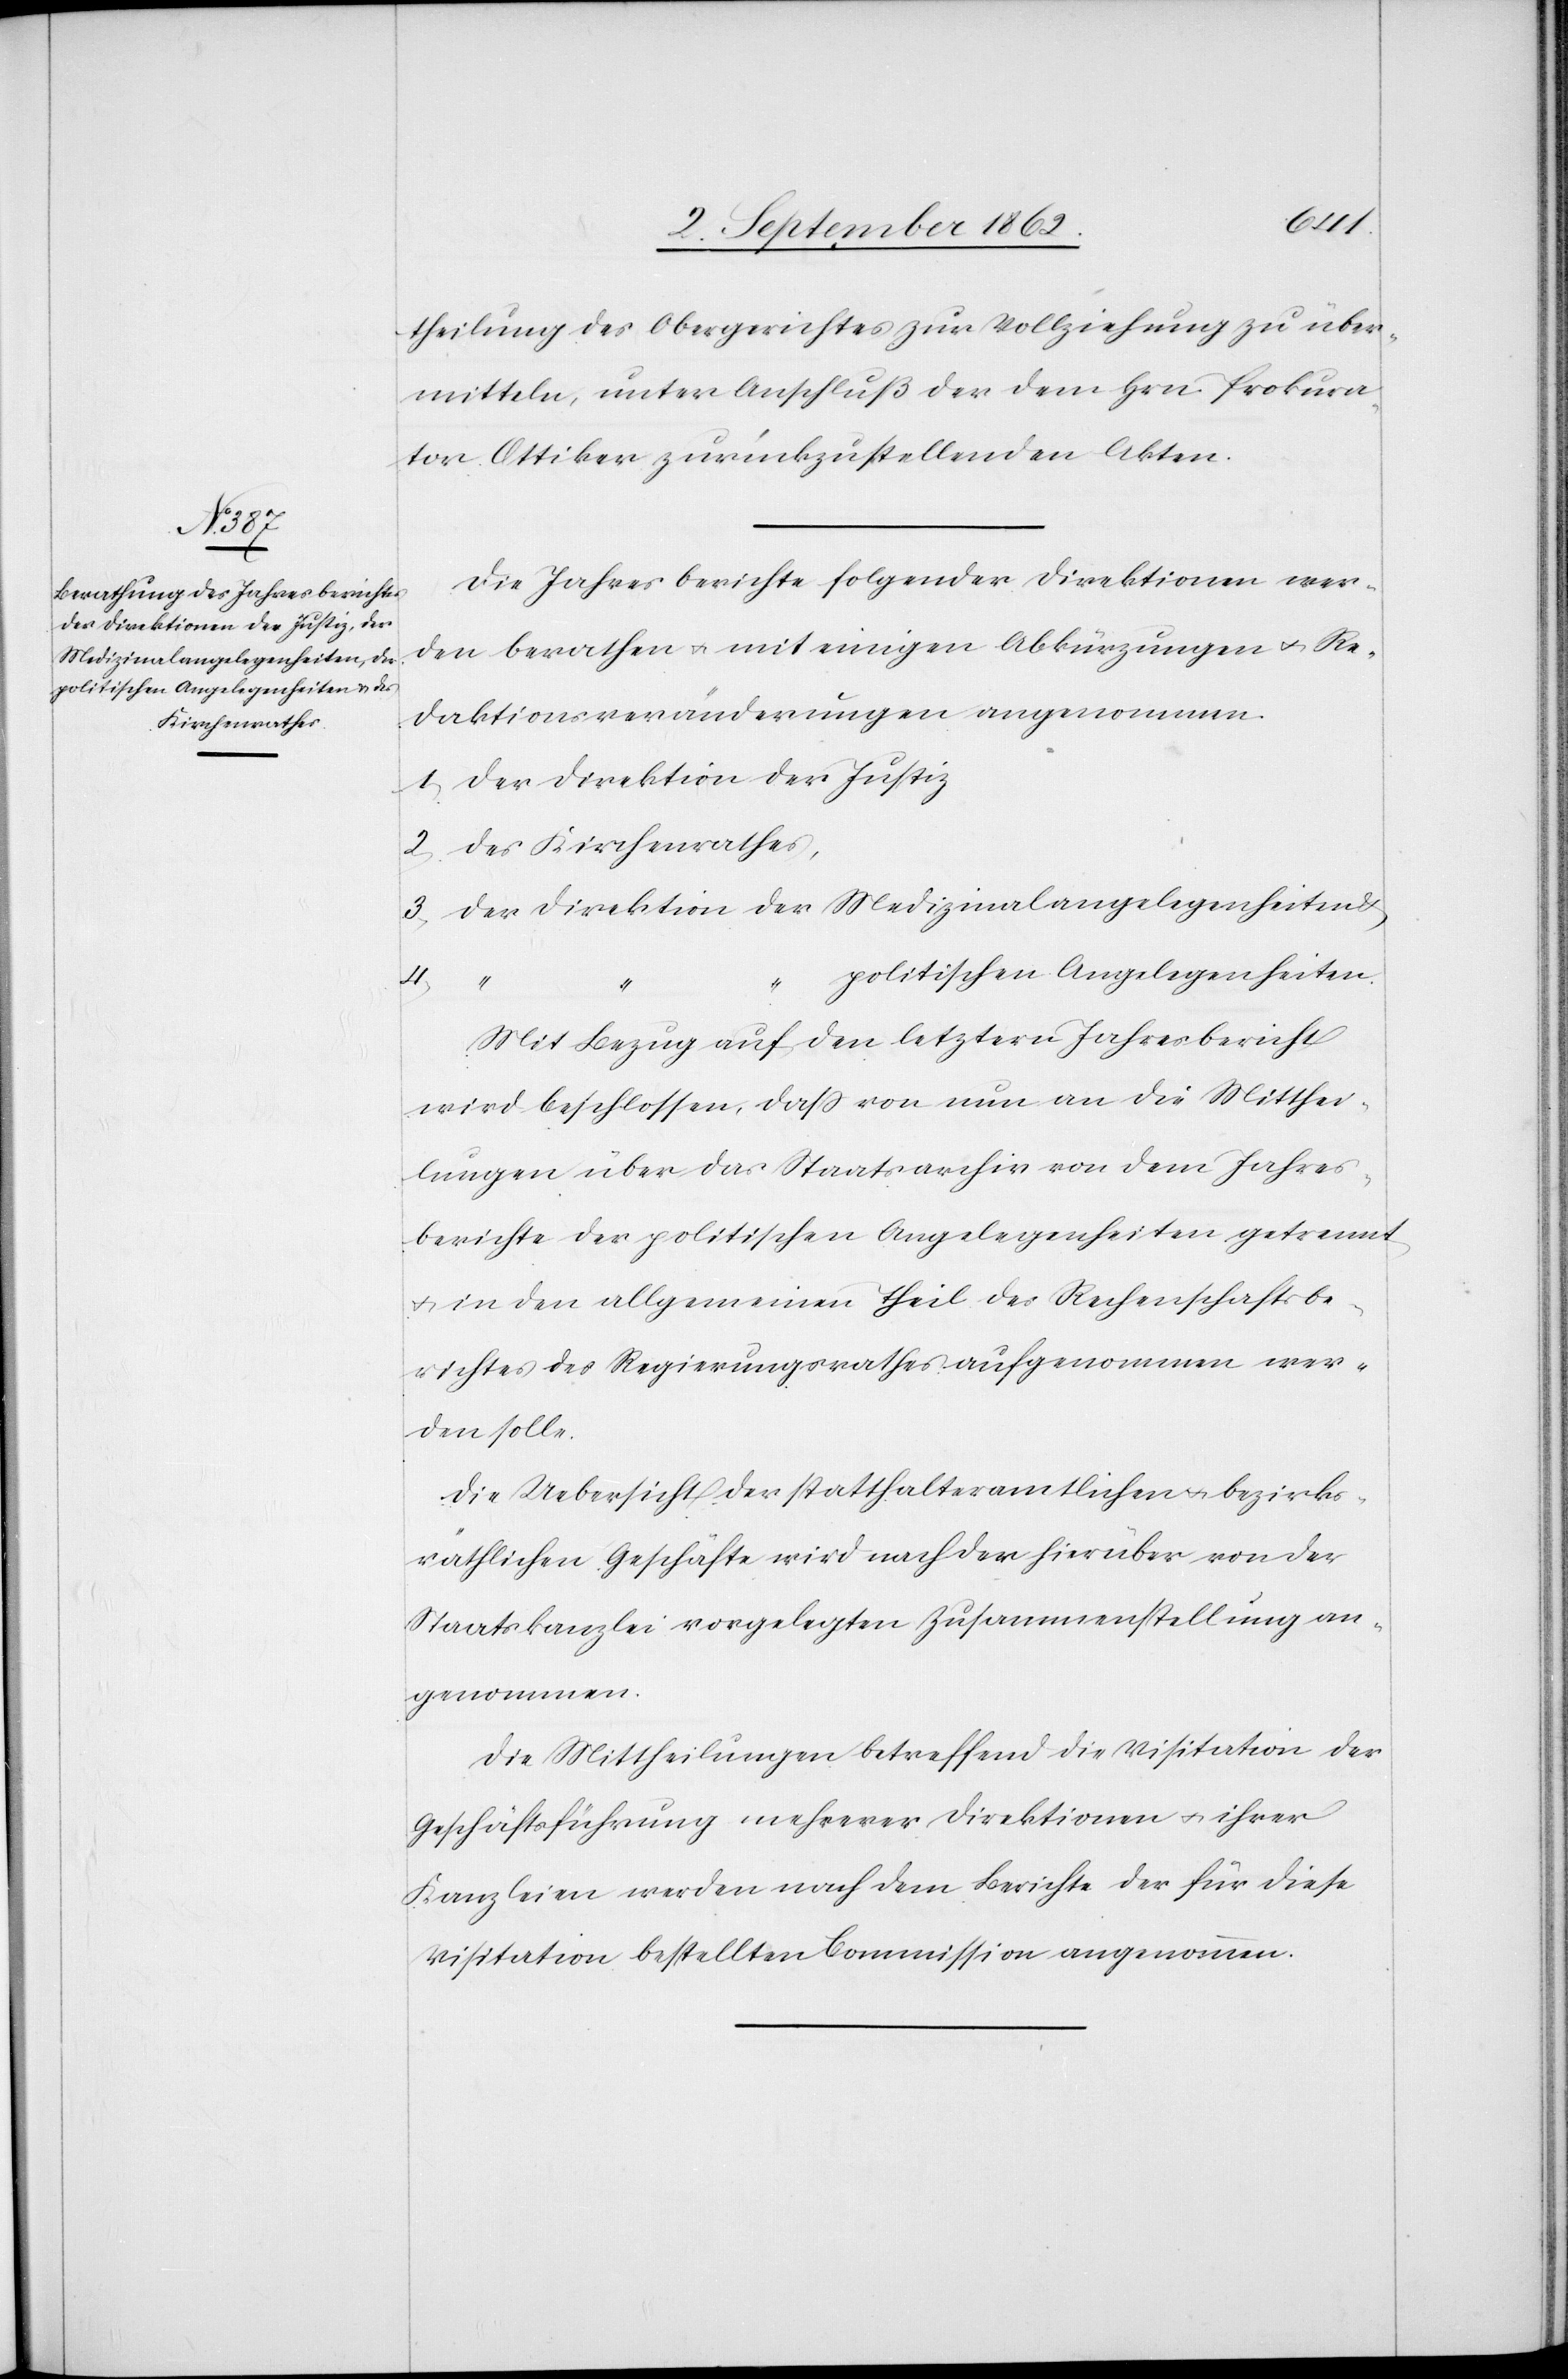
Medizinalangelegenheiten u.

theilung des Obergerichtes zur Vollziehung zu über¬
mitteln, unter Anschluß der dem Hrn. Prokura¬
tor Ottiker zurückzustellenden Akten.
Die Jahresberichte folgender Direktionen wer¬
den berathen u. mit einigen Abkürzungen u. Re¬
daktionsveränderungen angenommen
1. Der Direktion der Justiz
2. des Kirchenrathes,
politischen Angelegenheiten.
4.
Mit Bezug auf den letztern Jahresbericht
wird beschlossen, daß von nun an die Mitthei¬
lungen über das Staatsarchiv von dem Jahres¬
berichte der politischen Angelegenheiten getrennt
u. in den allgemeinen Theil des Rechenschaftsbe¬
richtes des Regierungsrathes aufgenommen wer¬
den solle.
Die Uebersicht der statthalteramtlichen u. bezirks¬
räthlichen Geschäfte wird nach der hierüber von der
Staatskanzlei vorgelegten Zusammenstellung an¬
genommen.
Die Mittheilungen betreffend die Visitation der
Geschäftsführung mehrerer Direktionen u. ihrer
Kanzleien werden nach dem Bericht der für diese
Visitation bestellten Commission angenommen.